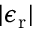
\vert \epsilon _ { \mathrm { r } } \vert